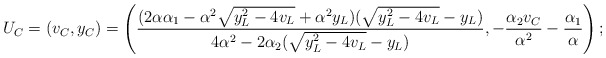
\begin{align*}U_C=(v_C,y_C)=\left(\frac{(2\alpha \alpha_1-\alpha^2\sqrt{y_L^2-4v_L}+\alpha^2 y_L)(\sqrt{y_L^2-4v_L}-y_L)}{4\alpha^2-2\alpha_2(\sqrt{y_L^2-4v_L}-y_L)}, -\frac{\alpha_2 v_C}{\alpha^2}-\frac{\alpha_1}{\alpha}\right);\end{align*}